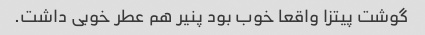
گوشت پیتزا واقعا خوب بود پنیر هم عطر خوبی داشت.